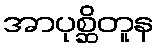
အာပုစ္ဆိတူန